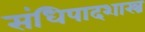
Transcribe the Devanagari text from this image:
संधिपादशास्त्र